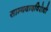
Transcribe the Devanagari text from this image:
साम्यवादविरोधी